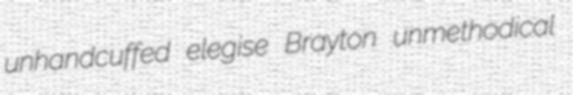
unhandcuffed elegise Brayton unmethodical